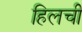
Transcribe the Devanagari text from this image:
हिलची